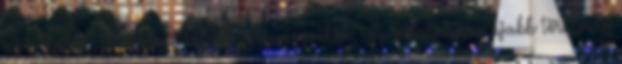
az alkalmi „ásatáson” talált cserépmozaikok, így vasárnapra újabb törnivaló